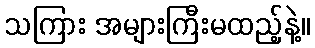
သကြား အများကြီးမထည့်နဲ့။